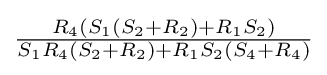
{\tfrac {R_{4}(S_{1}(S_{2}+R_{2})+R_{1}S_{2})}{S_{1}R_{4}(S_{2}+R_{2})+R_{1}S_{2}(S_{4}+R_{4})}}